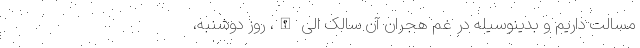
مسالت داریم و بدینوسیله در غم هجران آن سالک الی الله، روز دوشنبه،